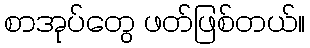
စာအုပ်တွေ ဖတ်ဖြစ်တယ်။